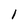
Character: 1